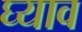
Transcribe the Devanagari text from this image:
घ्याव